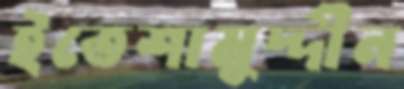
ইতেশামুদ্দীন